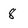
Character: 8